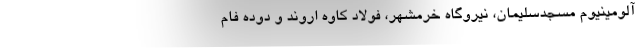
آلومینیوم مسجدسلیمان، نیروگاه خرمشهر، فولاد کاوه اروند و دوده فام